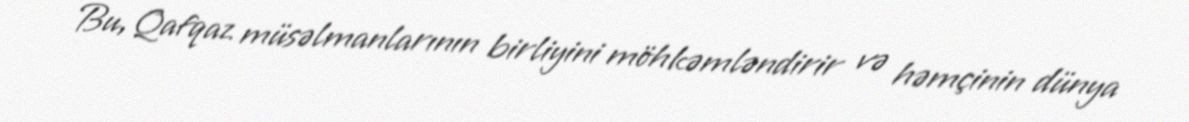
Bu, Qafqaz müsəlmanlarının birliyini möhkəmləndirir və həmçinin dünya